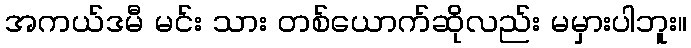
အကယ်ဒမီ မင်း သား တစ်ယောက်ဆိုလည်း မမှားပါဘူး။